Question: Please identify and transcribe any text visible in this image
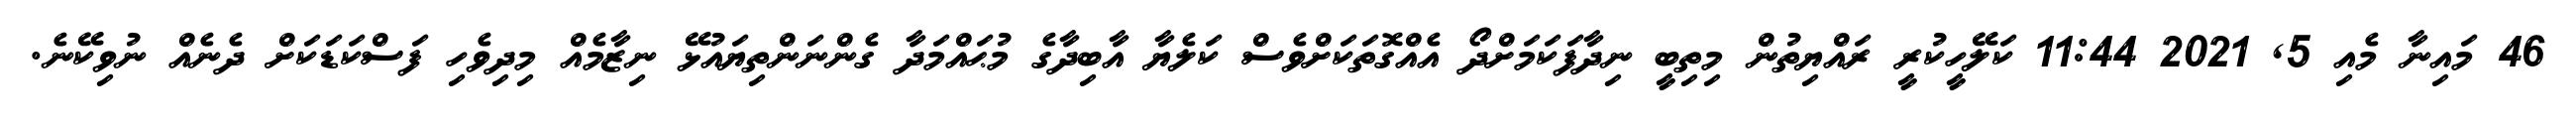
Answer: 46 މައިނާ މެއި 5, 2021 11:44 ކަލޭހީކުރީ ރައްޔިތުން މިތިބީ ނިދާފަކަމަށްދޯ އެއްގޮތަކަށްވެސް ކަލެޔާ އާބިދާގެ މުޙައްމަދާ ގެންނަންތިޔައުޅޭ ނިޒާމެއް މިދިވެހި ފަސްކަޑަކަށް ދެނެއް ނުވިކޭނެ.